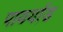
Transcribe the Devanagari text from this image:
पायर्याड